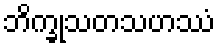
ဘိက္ခုသတသဟဿံ